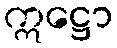
ဣဋ္ဌော